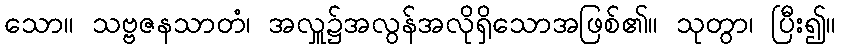
သော။ သဗ္ဗဇနသာတံ၊ အလှူ၌အလွန်အလိုရှိသောအဖြစ်၏။ သုတွာ၊ ပြီး၍။